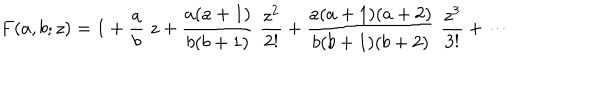
F ( a , b ; z ) = 1 + { \frac { a } { b } } \; z + { \frac { a ( a + 1 ) } { b ( b + 1 ) } } \; { \frac { z ^ { 2 } } { 2 ! } } + { \frac { a ( a + 1 ) ( a + 2 ) } { b ( b + 1 ) ( b + 2 ) } } \; { \frac { z ^ { 3 } } { 3 ! } } + \cdots